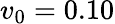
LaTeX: v_{0}=0.10